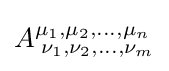
A_{\;\nu _{1},\nu _{2},...,\nu _{m}}^{\mu _{1},\mu _{2},...,\mu _{n}}